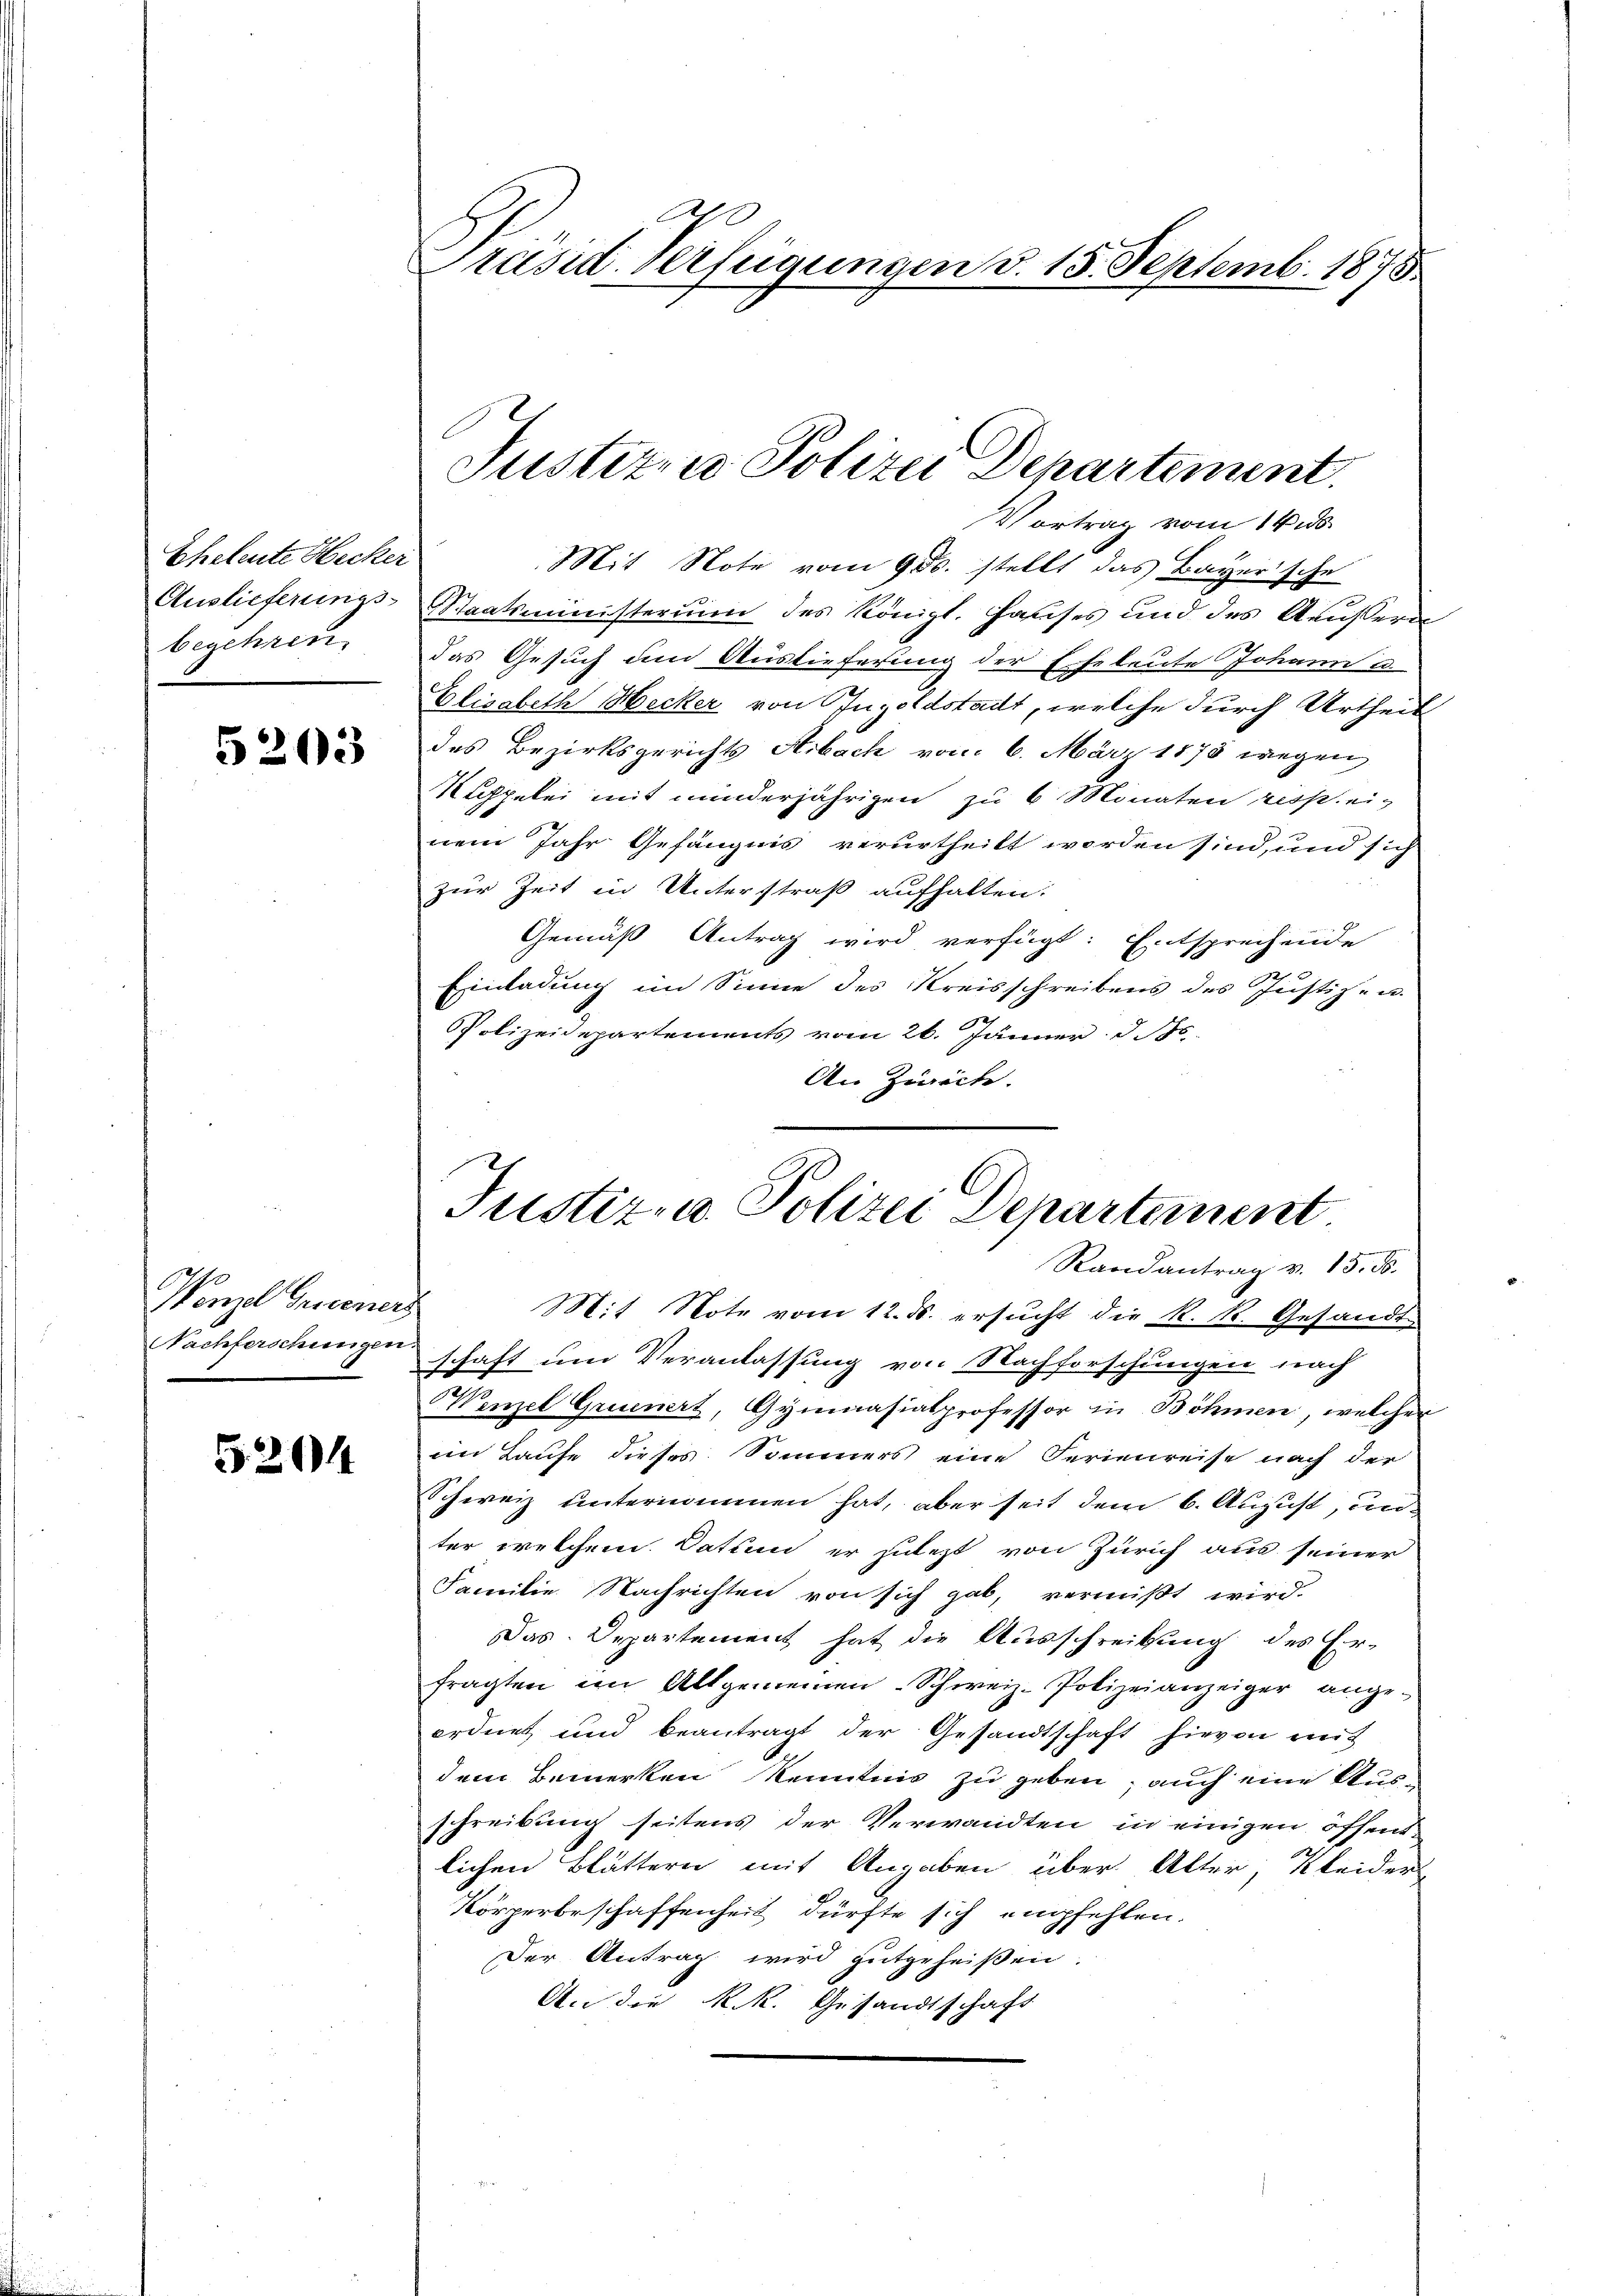
Eheleute Hecker
Auslieferungsbegehren.

5203

Wenzel Gredener
Nachferschungen

5204

0
Präsid. Verfügungen d. 15. Septemb. 1875.

Justizze Polizei Departement.

Justiz- & Polizei Departanent
Randantrag v. 15. d.

Vortrag vom 14. ds.
Mit Note vom 9. ds. stellt das Bayersche
Staatsministerium des Königl. Hauses und des Aeussern
das Gesuch um Auslieferung der Eheleute Johann u.
Elisabeth Hecker von Ingoldstadt, welche durch Urtheil
des Bezirksgerichts Arbach vom 6. März 1878 wegen
Nappelei mit minderjährigen zu 6 Monaten respeinem Jahr Gefängnis verurtheilt worden sind, und sich
zur Zeit in Unterstraß aufhalten.
Gemäß Antrag wird verfügt: Entsprechende
Einladung im Sinne des Kreisschreibens des Justiz- u.
Polizeidepartements vom 26. Jänner d. Js.
An Zivich.
Mit Note vom 12. d. ersucht die K. K. Gesandt
schaft um Veranlassung von Nachforschungen nach
Wenzel Gruenert, Gymnasialprofessor in Böhmen, welcher
im Laufe dieses Sommers eine Ferienreise nach der
Schweiz unternommen hat, aber seit dem 6. August, unter welchem Datum er zulezt von Zürich aus seiner
Familie Nachrichten von sich gab, vermißt wird.
Das Departement hat die Ausschreibung des Er-
fragten im Allgemeinen Schweiz. Polizeianzeiger angeordnet und beantragt der Gesandtschaft hievon mit
dem Bemerken Kenntnis zu geben; auch eine Ausschreibung seitens der Verwandten in einigen öffent-
lichen Blättern mit Angaben über. Alter, Kleider-
Körperbeschaffenheit dürfte sich empfehlen.
Der Antrag wird gutgeheißen.
An die k.k. Gesandtschaft